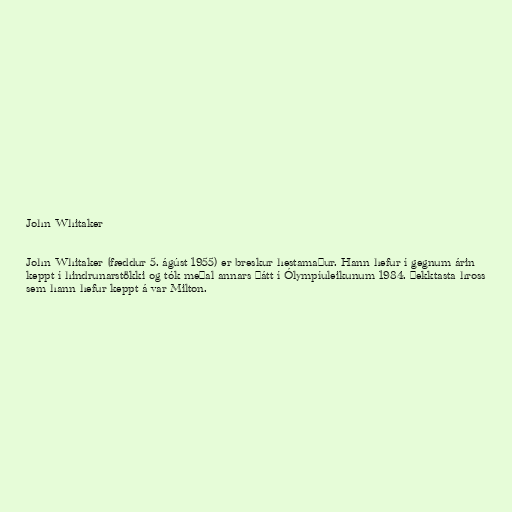
John Whitaker

John Whitaker (fæddur 5. ágúst 1955) er breskur hestamaður. Hann hefur í gegnum árin
keppt í hindrunarstökki og tók meðal annars þátt í Ólympíuleikunum 1984. Þekktasta hross
sem hann hefur keppt á var Milton.